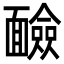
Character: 䩎